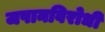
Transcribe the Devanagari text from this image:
जपानविरोधी